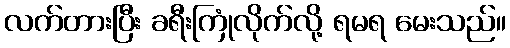
လက်တားပြီး ခရီးကြုံလိုက်လို့ ရမရ မေးသည်။